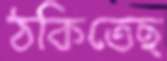
ঠকিতেছ